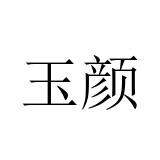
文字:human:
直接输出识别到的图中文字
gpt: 玉颜